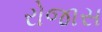
રોજાસ